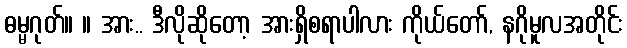
ဓမ္မဂုတ်။ ။ အား.. ဒီလိုဆိုတော့ အားရှိစရာပါလား ကိုယ်တော်, နဂိုမူလအတိုင်း